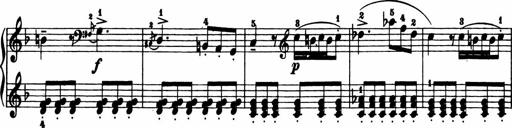
Title: 11 Sonatinas for Piano Solo
Composer: Anton Diabelli